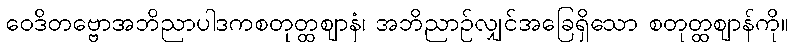
ဝေဒိတဗ္ဗောအဘိညာပါဒကစတုတ္ထဈာနံ၊ အဘိညာဉ်လျှင်အခြေရှိသော စတုတ္ထဈာန်ကို။